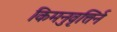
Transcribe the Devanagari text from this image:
किमनुवृत्तिर्न